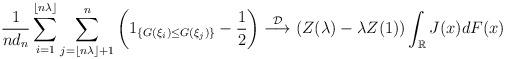
LaTeX: \begin{align*}\frac{1}{nd_n}\sum\limits_{i=1}^{\lfloor n\lambda\rfloor}\sum\limits_{j=\lfloor n\lambda\rfloor+1}^n\left(1_{\left\{G(\xi_i)\leq G(\xi_j)\right\}}-\frac{1}{2}\right)\overset{\mathcal{D}}{\longrightarrow}\left(Z(\lambda)-\lambda Z(1)\right)\int_{\mathbb{R}}J(x)dF(x)\end{align*}